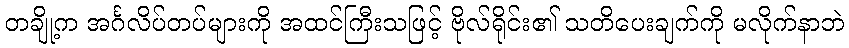
တချို့က အင်္ဂလိပ်တပ်များကို အထင်ကြီးသဖြင့် ဗိုလ်ရိုင်း၏ သတိပေးချက်ကို မလိုက်နာဘဲ